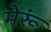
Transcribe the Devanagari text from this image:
मेरूं